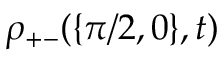
\rho _ { + - } ( \{ \pi / 2 , 0 \} , t )